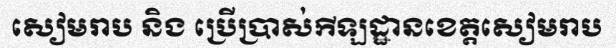
សៀមរាប និង ប្រើប្រាស់កីឡដ្ឋានខេត្តសៀមរាប